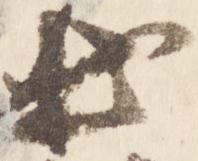
出